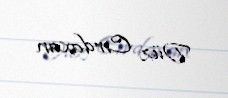
Düz Cırdaxan